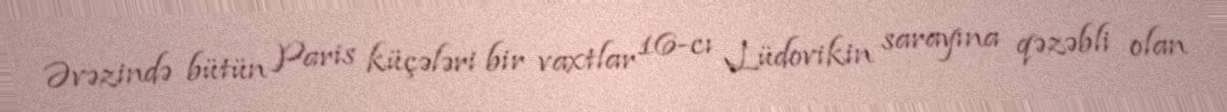
Əvəzində bütün Paris küçələri bir vaxtlar 16-cı Lüdovikin sarayına qəzəbli olan